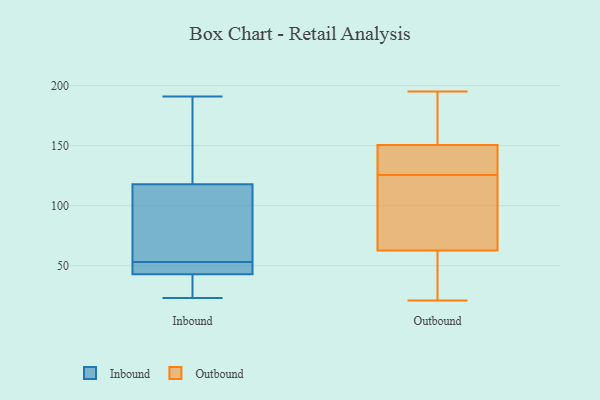
{"axis": {"x": "Active Users", "y": "Value"}, "legend": ["Inbound", "Outbound"], "data": [{"x": "", "y": 43, "type": "Inbound"}, {"x": "", "y": 59, "type": "Inbound"}, {"x": "", "y": 123, "type": "Inbound"}, {"x": "", "y": 188, "type": "Inbound"}, {"x": "", "y": 42, "type": "Inbound"}, {"x": "", "y": 53, "type": "Inbound"}, {"x": "", "y": 23, "type": "Inbound"}, {"x": "", "y": 52, "type": "Inbound"}, {"x": "", "y": 58, "type": "Inbound"}, {"x": "", "y": 191, "type": "Inbound"}, {"x": "", "y": 116, "type": "Inbound"}, {"x": "", "y": 35, "type": "Inbound"}, {"x": "", "y": 47, "type": "Inbound"}, {"x": "", "y": 87, "type": "Outbound"}, {"x": "", "y": 143, "type": "Outbound"}, {"x": "", "y": 149, "type": "Outbound"}, {"x": "", "y": 53, "type": "Outbound"}, {"x": "", "y": 62, "type": "Outbound"}, {"x": "", "y": 152, "type": "Outbound"}, {"x": "", "y": 195, "type": "Outbound"}, {"x": "", "y": 193, "type": "Outbound"}, {"x": "", "y": 21, "type": "Outbound"}, {"x": "", "y": 119, "type": "Outbound"}, {"x": "", "y": 132, "type": "Outbound"}, {"x": "", "y": 63, "type": "Outbound"}]}